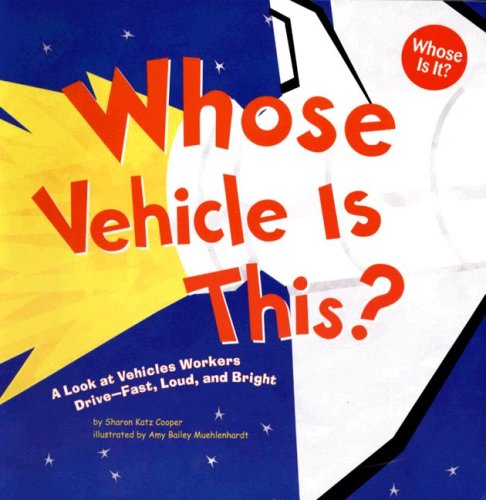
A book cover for Whose Vehicle Is This?: A Look at Vehicles Workers Drive - Fast, Loud, and Bright (Whose Is It?: Community Workers); Sharon Katz Cooper; Children's Books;